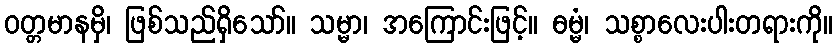
ဝတ္တမာနမှိ၊ ဖြစ်သည်ရှိသော်။ သမ္မာ၊ အကြောင်းဖြင့်။ ဓမ္မံ၊ သစ္စာလေးပါးတရားကို။